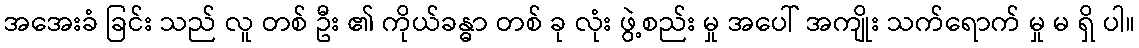
အအေးခံ ခြင်း သည် လူ တစ် ဦး ၏ ကိုယ်ခန္ဓာ တစ် ခု လုံး ဖွဲ့စည်း မှု အပေါ် အကျိုး သက်ရောက် မှု မ ရှိ ပါ။